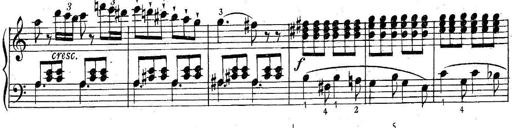
Title: 6 Easy Sonatinas
Composer: Carl Czerny